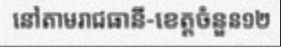
នៅតាមរាជធានី-ខេត្តចំនួន១២